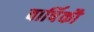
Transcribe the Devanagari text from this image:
वार्षिकौ